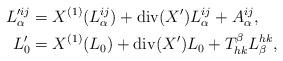
LaTeX: \begin{align*}L_{\alpha }^{\prime ij}& =X^{(1)}(L_{\alpha }^{ij})+\operatorname{div}(X^{\prime })L_{\alpha }^{ij}+A_{\alpha }^{ij}, \\L_{0}^{\prime }& =X^{(1)}(L_{0})+\operatorname{div}(X^{\prime })L_{0}+T_{hk}^{\beta }L_{\beta }^{hk},\end{align*}